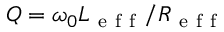
Q = \omega _ { 0 } L _ { \mathrm { ~ e ~ f ~ f ~ } } / R _ { \mathrm { ~ e ~ f ~ f ~ } }